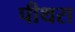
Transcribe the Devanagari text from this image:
पीथरा